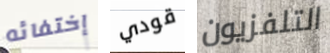
إختفائه قودي التلفزيون